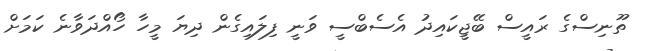
ތޫނިސްގެ ރައީސް ބޭޖީކައިދު އެސެބްސީ ވަނީ ފިލައިގެން ދިޔަ މީހާ ހޯއްދަވާނެ ކަމަށް